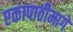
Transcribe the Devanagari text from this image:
एकापाठीमागे